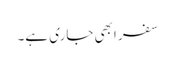
سفر ابھی جاری ہے۔